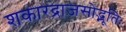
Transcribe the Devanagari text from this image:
शकारद्राजसोद्भूतिः